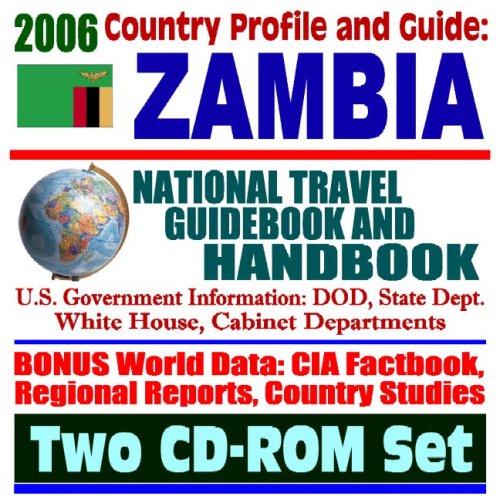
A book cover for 2006 Country Profile and Guide to Zambia:  National Travel Guidebook and Handbook:  USAID Reports, Water Use, Law, Energy, AGOA (Two CD-ROM Set); U.S. Government; Travel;